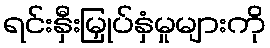
ရင်းနှီးမြှုပ်နှံမှုများကို